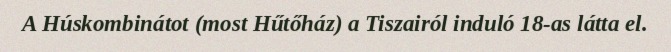
A Húskombinátot (most Hűtőház) a Tiszairól induló 18-as látta el.